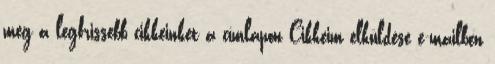
meg a legfrissebb cikkeinket a címlapon Cikkeim elküldése e-mailben